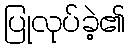
ပြုလုပ်ခဲ့၏